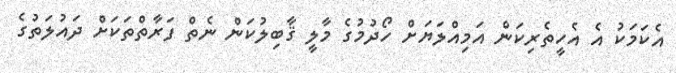
އެކަމަކު އެ އެހީތެރިކަން އަމިއްލަޔަށް ހޯދުމުގެ މާލީ ޤާބިލުކަން ނެތް ފަރާތްތަކަށް ދައުލަތުގެ